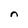
Character: n